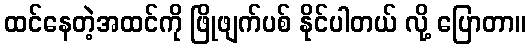
ထင်နေတဲ့အထင်ကို ဖြိုဖျက်ပစ် နိုင်ပါတယ် လို့ ပြောတာ။